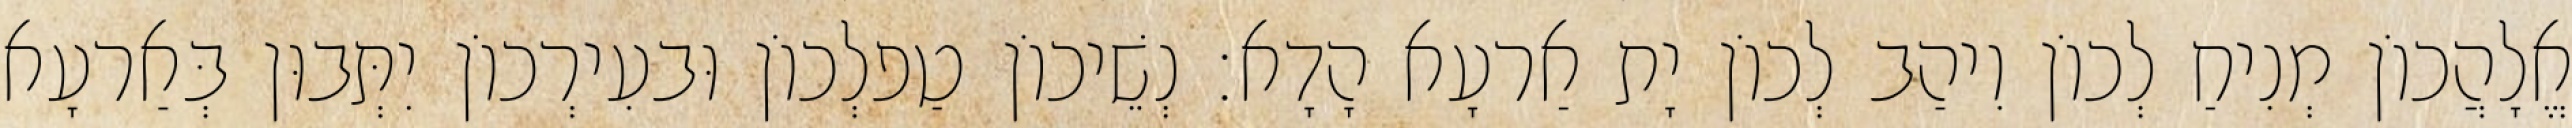
אֱלָהֲכוֹן מְנִיחַ לְכוֹן וִיהַב לְכוֹן יָת אַרעָא הָדָא׃ נְשֵׁיכוֹן טַפלְכוֹן וּבעִירְכוֹן יִתְּבוּן בְּאַרעָא